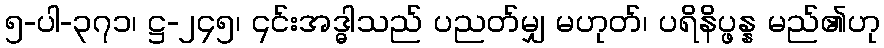
၅-ပါ-၃၇၁၊ ဋ္ဌ-၂၄၅၊ ၎င်းအဒ္ဓါသည် ပညတ်မျှ မဟုတ်၊ ပရိနိပ္ဖန္န မည်၏ဟု